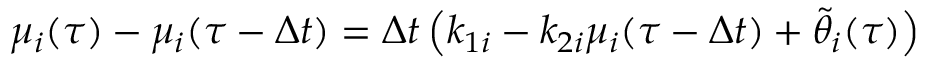
\mu _ { i } ( \tau ) - \mu _ { i } ( \tau - \Delta t ) = \Delta t \left( k _ { 1 i } - k _ { 2 i } \mu _ { i } ( \tau - \Delta t ) + \tilde { \theta } _ { i } ( \tau ) \right)